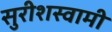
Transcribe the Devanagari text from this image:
सुरीशस्वामी